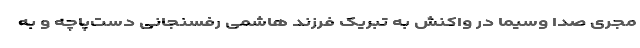
مجری صدا وسیما در واکنش به تبریک فرزند هاشمی رفسنجانی دست‌پاچه و به